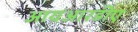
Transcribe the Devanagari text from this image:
आयआरडीए